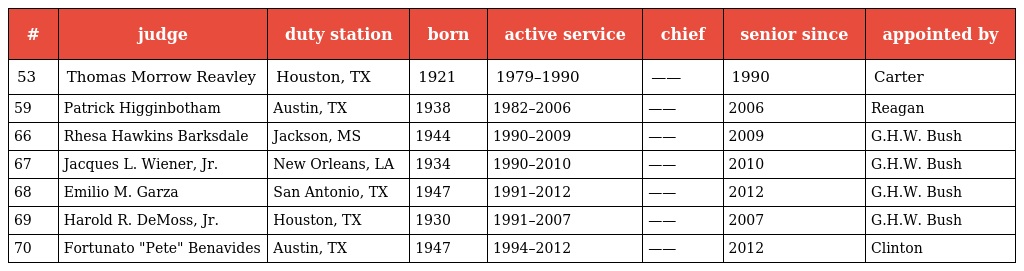
| # | judge | duty station | born | active service | chief | senior since | appointed by |
 | --- | --- | --- | --- | --- | --- | --- | --- |
 | 53 | Thomas Morrow Reavley | Houston, TX | 1921 | 1979–1990 | —— | 1990 | Carter |
 | 59 | Patrick Higginbotham | Austin, TX | 1938 | 1982–2006 | —— | 2006 | Reagan |
 | 66 | Rhesa Hawkins Barksdale | Jackson, MS | 1944 | 1990–2009 | —— | 2009 | G.H.W. Bush |
 | 67 | Jacques L. Wiener, Jr. | New Orleans, LA | 1934 | 1990–2010 | —— | 2010 | G.H.W. Bush |
 | 68 | Emilio M. Garza | San Antonio, TX | 1947 | 1991–2012 | —— | 2012 | G.H.W. Bush |
 | 69 | Harold R. DeMoss, Jr. | Houston, TX | 1930 | 1991–2007 | —— | 2007 | G.H.W. Bush |
 | 70 | Fortunato "Pete" Benavides | Austin, TX | 1947 | 1994–2012 | —— | 2012 | Clinton |